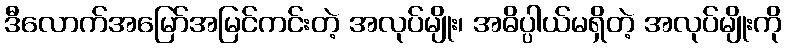
ဒီလောက်အမြော်အမြင်ကင်းတဲ့ အလုပ်မျိုး၊ အဓိပ္ပါယ်မရှိတဲ့ အလုပ်မျိုးကို